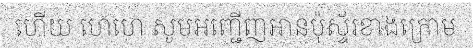
ហើយ ហេហេ សូមអញ្ជើញអានប៉ុស្ទ័រខាងក្រោម